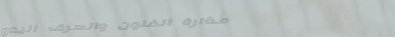
مغارة الفنون والحرف اليدو